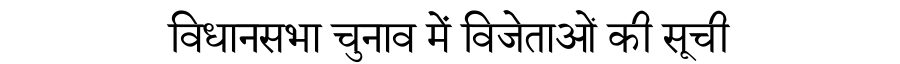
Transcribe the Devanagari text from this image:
विधानसभा चुनाव में विजेताओं की सूची